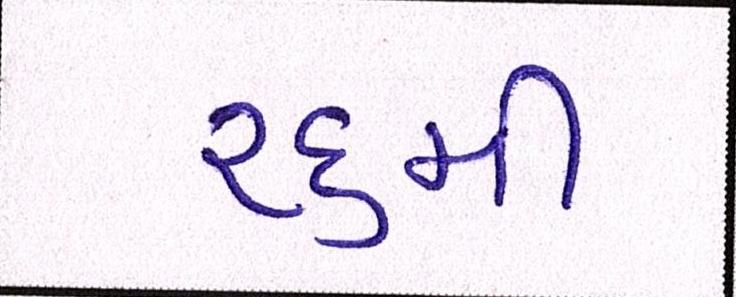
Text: ૨૬મી